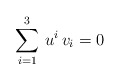
\begin{align*}\sum_{i=1}^{3} \, u^i \, v_i = 0\end{align*}